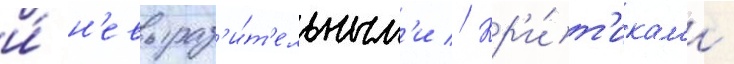
и́ н'евыраз'и́т'ельным'и // Кр'и́т'икам'и